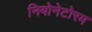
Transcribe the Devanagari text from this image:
नियोनेटोरम